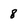
Character: 8